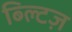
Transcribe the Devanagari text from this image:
ब्ल्टिज़